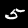
Digit: 5